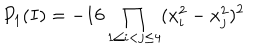
P _ { 1 } ( I ) = - 1 6 \prod _ { 1 \le i < j \le 4 } ( x _ { i } ^ { 2 } - x _ { j } ^ { 2 } ) ^ { 2 }